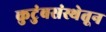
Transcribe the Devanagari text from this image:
कुटुंबसंस्थेतून